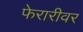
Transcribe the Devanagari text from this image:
फेरारीवर